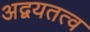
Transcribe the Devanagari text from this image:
अद्वयतत्व